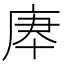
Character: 𢈰